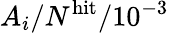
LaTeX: A_{i}/N^{\mathrm{hit}}/10^{-3}